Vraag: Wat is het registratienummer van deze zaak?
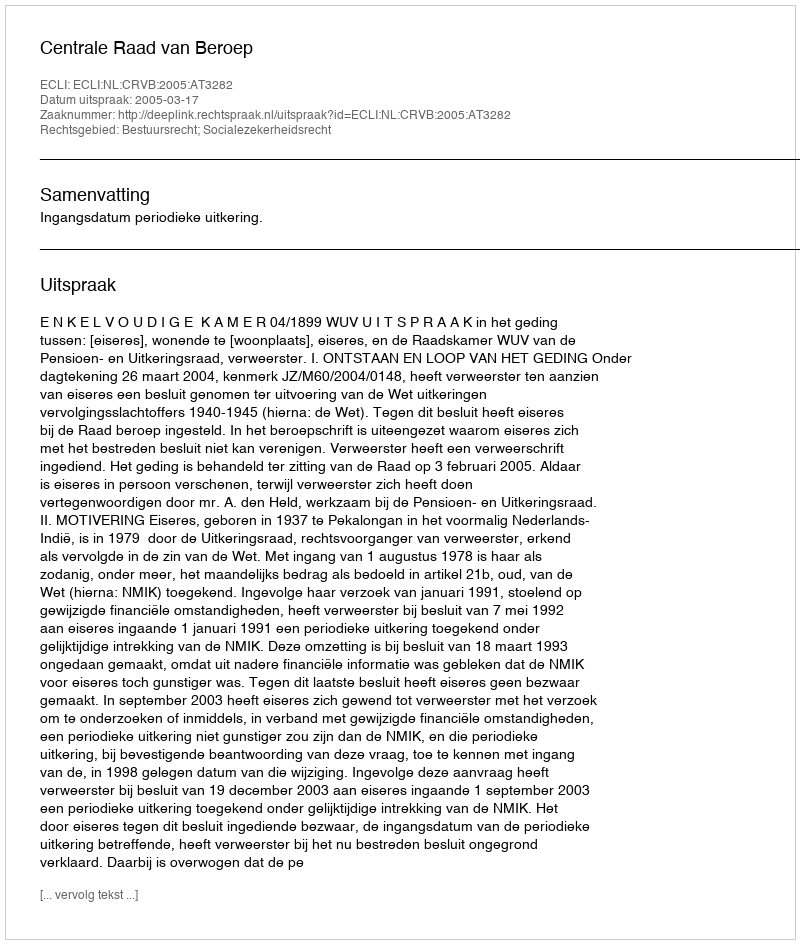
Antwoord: http://deeplink.rechtspraak.nl/uitspraak?id=ECLI:NL:CRVB:2005:AT3282